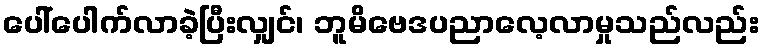
ပေါ်ပေါက်လာခဲ့ပြီးလျှင်၊ ဘူမိဗေဒပညာလေ့လာမှုသည်လည်း